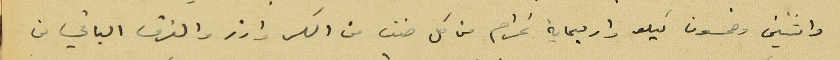
واثنين وخمسون كيلو واربعماية غرام من كل صنف من السكر وارز والفرق الباقي من